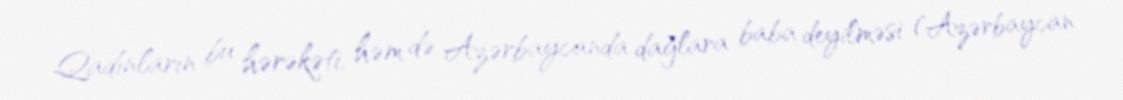
Qadınların bu hərəkəti, həm də Azərbaycanda dağlara baba deyilməsi (Azərbaycan